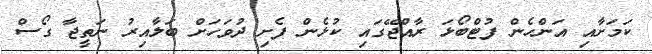
ކަމަށާއި އަންހެން ފުޓްބޯޅަ ރާއްޖޭގައި ކުޅެން ފެށި ދުވަހަށް ބަލާއިރު ނަތީޖާ ގޯސް